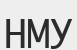
НМУ